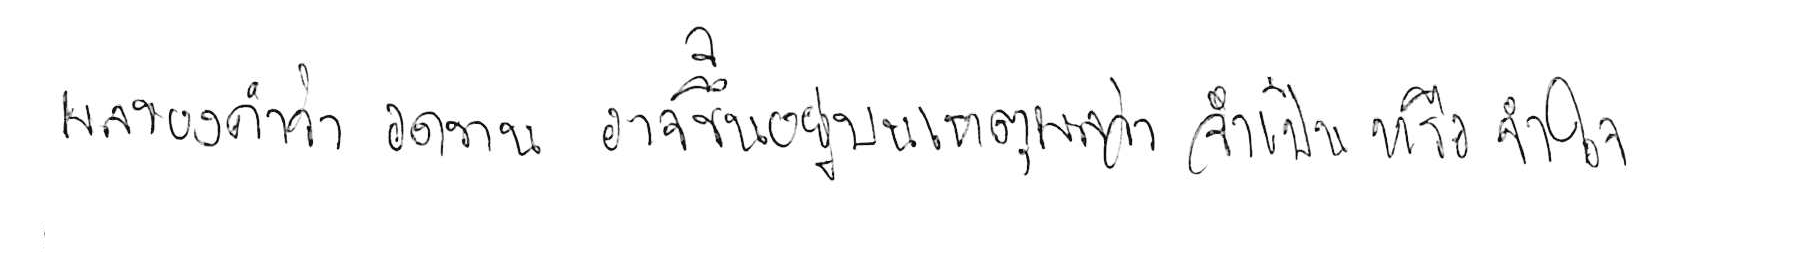
ผลของคำว่า อดทน อาจขึ้นอยู่บนเหตุผลว่า จำเป็น หรือ จำใจ